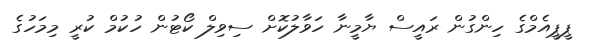
ޕީޕީއެމްގެ ހިންގުން ރައީސް ޔާމީނާ ހަވާލުކޮށް ސިވިލް ކޯޓުން ހުކުމް ކުރީ މިމަހުގެ